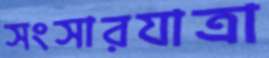
সংসারযাত্রা